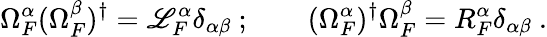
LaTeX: \Omega_{F}^{\alpha}(\Omega_{F}^{\beta})^{\dagger}=\mathscr{L}_{F}^{\alpha}\delta_{\alpha\beta}\ ;\qquad(\Omega_{F}^{\alpha})^{\dagger}\Omega_{F}^{\beta}=R_{F}^{\alpha}\delta_{\alpha\beta}\ .